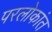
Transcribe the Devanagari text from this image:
परलोकांत